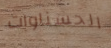
الحسناوات